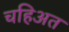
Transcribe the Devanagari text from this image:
चहिअत